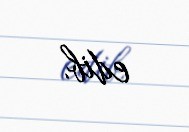
edib.